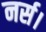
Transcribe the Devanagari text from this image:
नर्स।